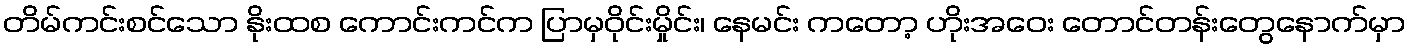
တိမ်ကင်းစင်သော နိုးထစ ကောင်းကင်က ပြာမှဝိုင်းမှိုင်း၊ နေမင်း ကတော့ ဟိုးအဝေး တောင်တန်းတွေနောက်မှာ